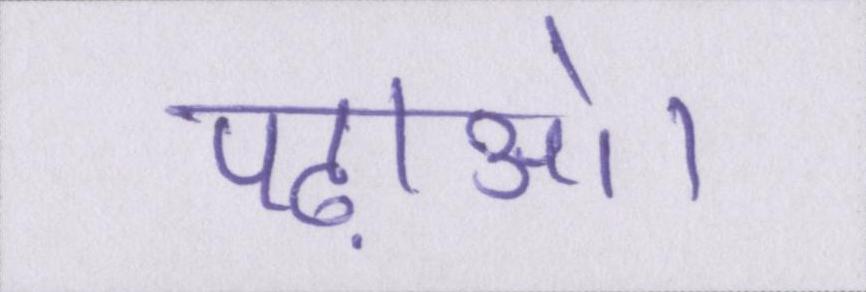
पढ़ाओ।